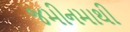
જમીનમાથી